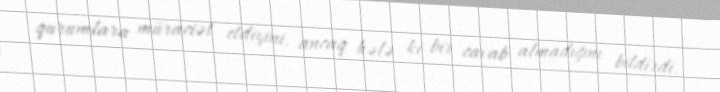
qurumlara müraciət etdiyini, ancaq hələ ki bir cavab almadığını bildirdi.